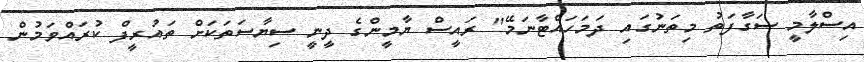
އިސްލާމީ ސަގާފަތު މިތަނުގައި ދަމަހައްޓާނަމޭ" ރައީސް ޔާމީންގެ ދީނީ ސިޔާސަތަކަށް ތައުރީފް ކުރައްވަމުން